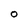
Character: o